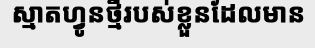
ស្មាតហ្វូនថ្មីរបស់ខ្លួនដែលមាន